Annual administration report of the Civil Veterinary Department of India - 1904-1905
Year: 1904
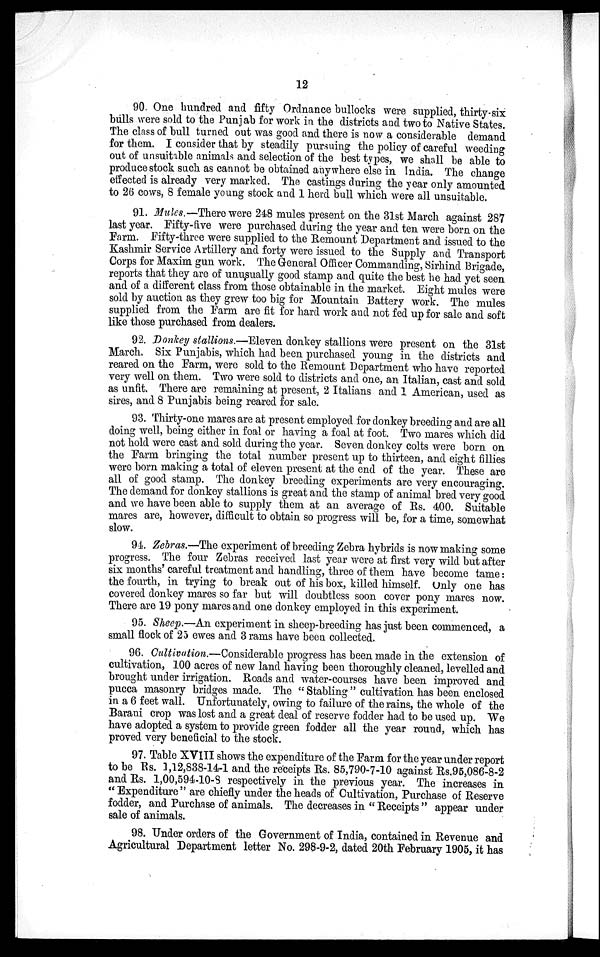
12
90. One hundred and fifty Ordnance bullocks were supplied, thirty-six
bulls were sold to the Punjab for work in the districts and two to Native States.
The class of bull turned out was good and there is now a considerable demand
for them. I consider that by steadily pursuing the policy of careful weeding
out of unsuitable animals and selection of the best types, we shall be able to
produce stock such as cannot be obtained any where else in India. The change
effected is already very marked. The castings during the year only amounted
to 26 cows, 8 female young stock and 1 herd bull which were all unsuitable.
91. Mules.—There were 248 mules present on the 31st March against 287
last year. Fifty-five were purchased during the year and ten were born on the
Farm. Fifty-three were supplied to the Remount Department and issued to the
Kashmir Service Artillery and forty were issued to the Supply and Transport
Corps for Maxim gun work. The General Officer Commanding, Sirhind Brigade,
reports that they are of unusually good stamp and quite the best he had yet seen
and of a different class from those obtainable in the market. Eight mules were
sold by auction as they grew too big for Mountain Battery work. The mules
supplied from the Farm are fit for hard work and not fed up for sale and soft
like those purchased from dealers.
92. Donkey stallions.—Eleven donkey stallions were present on the 31st
March. Six Punjabis, which had been purchased young in the districts and
reared on the Farm, were sold to the Remount Department who have reported
very well on them. Two were sold to districts and one, an Italian, cast and sold
as unfit. There are remaining at present, 2 Italians and 1 American, used as
sires, and 8 Punjabis being reared for sale.
93. Thirty-one mares are at present employed for donkey breeding and are all
doing well, being either in foal or having a foal at foot. Two mares which did
not hold were cast and sold during the year. Seven donkey colts were born on
the Farm bringing the total number present up to thirteen, and eight fillies
were born making a total of eleven present at the end of the year. These are
all of good stamp. The donkey breeding experiments are very encouraging.
The demand for donkey stallions is great and the stamp of animal bred very good
and we have been able to supply them at an average of Rs. 400. Suitable
mares are, however, difficult to obtain so progress will be, for a time, somewhat
slow.
94. Zebras.—The experiment of breeding Zebra hybrids is now making some
progress. The four Zebras received last year were at first very wild but after
six months' careful treatment and handling, three of them have become tame:
the fourth, in trying to break out of his box, killed himself. Only one has
covered donkey mares so far but will doubtless soon cover pony mares now.
There are 19 pony mares and one donkey employed in this experiment.
95. Sheep.—An experiment in sheep-breeding has just been commenced, a
small flock of 25 ewes and 3 rams have been collected.
96. Cultivation.—Considerable progress has been made in the extension of
cultivation, 100 acres of new land having been thoroughly cleaned, levelled and
brought under irrigation. Roads and water-courses have been improved and
pucca masonry bridges made. The " Stabling " cultivation has been enclosed
in a 6 feet wall. Unfortunately, owing to failure of the rains, the whole of the
Barani crop was lost and a great deal of reserve fodder had to be used up. We
have adopted a system to provide green fodder all the year round, which has
proved very beneficial to the stock.
97. Table XVIII shows the expenditure of the Farm for the year under report
to be Rs. 1,12,838-14-1 and the receipts Rs. 85,790-7-10 against Rs.95,086-8-2
and Rs. 1,00,594-10-8 respectively in the previous year. The increases in
" Expenditure " are chiefly under the heads of Cultivation, Purchase of Reserve
fodder, and Purchase of animals. The decreases in " Receipts " appear under
sale of animals.
98. Under orders of the Government of India, contained in Revenue and
Agricultural Department letter No. 298-9-2, dated 20th February 1905, it has